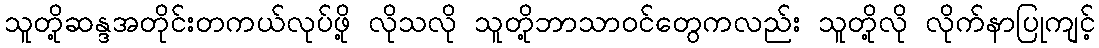
သူတို့ဆန္ဒအတိုင်းတကယ်လုပ်ဖို့ လိုသလို သူတို့ဘာသာဝင်တွေကလည်း သူတို့လို လိုက်နာပြုကျင့်